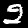
Label: 2